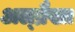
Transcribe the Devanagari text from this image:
अल्ब्रैख्त